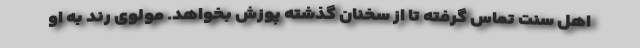
اهل سنت تماس گرفته تا از سخنان گذشته پوزش بخواهد. مولوی رند به او